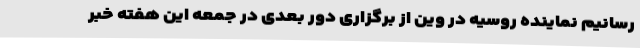
رسانیم نماینده روسیه در وین از برگزاری دور بعدی در جمعه این هفته خبر